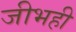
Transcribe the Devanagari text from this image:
जीभही